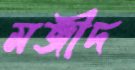
মজীদ